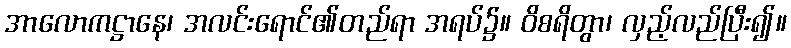
အာလောကဋ္ဌာနေ၊ အလင်းရောင်၏တည်ရာ အရပ်၌။ ဝိစရိတွာ၊ လှည့်လည်ပြီး၍။